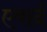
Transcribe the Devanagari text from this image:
एवार्द